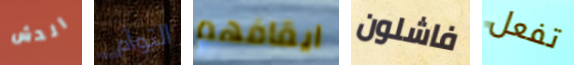
الدش التوأم ايقافهم فاشلون تفعل